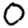
Digit: 0